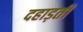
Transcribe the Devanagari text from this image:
दहाड़ती